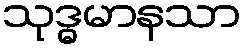
သုဒ္ဓမာနသာ